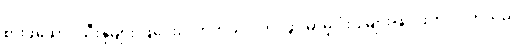
စားဖိုဆောင်သီးနှံများ ဖြဲပေးလိုက်တယ်ပါကင်ဖွင့်မှာမို့ ဒုံးပျံများဖြင့် ဖိတိုးလိုက်သည်